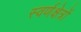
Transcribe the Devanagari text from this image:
स्वर्णक्षेत्रों